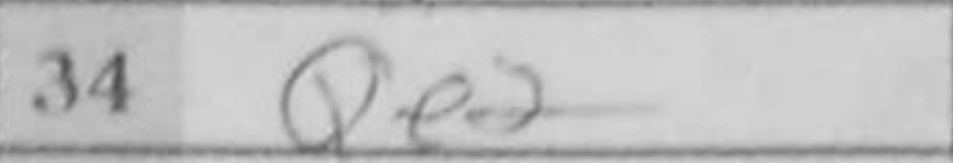
Transcription: Qe2